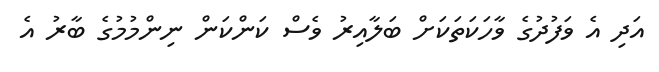
އަދި އެ ވަފުދުގެ ވާހަކަތަކަށް ބަލާއިރު ވެސް ކަންކަން ނިންމުމުގެ ބާރު އެ